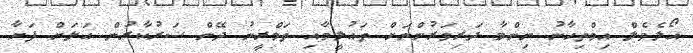
އޯލެވެލް އިމްތިހާނު ނިންމާ ދަރިވަރުންނަށް ތައުލީމާއި ތަމްރީނު ދޭން ސަރުކާރުން އަލަށް ފަށާ